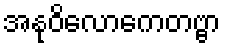
အနုဝိလောကေတဗ္ဗာ